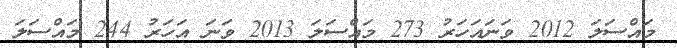
މައްސަލަ 2012 ވަނައަހަރު 273 މައްސަލަ 2013 ވަނަ އަހަރު 244 މައްސަލަ